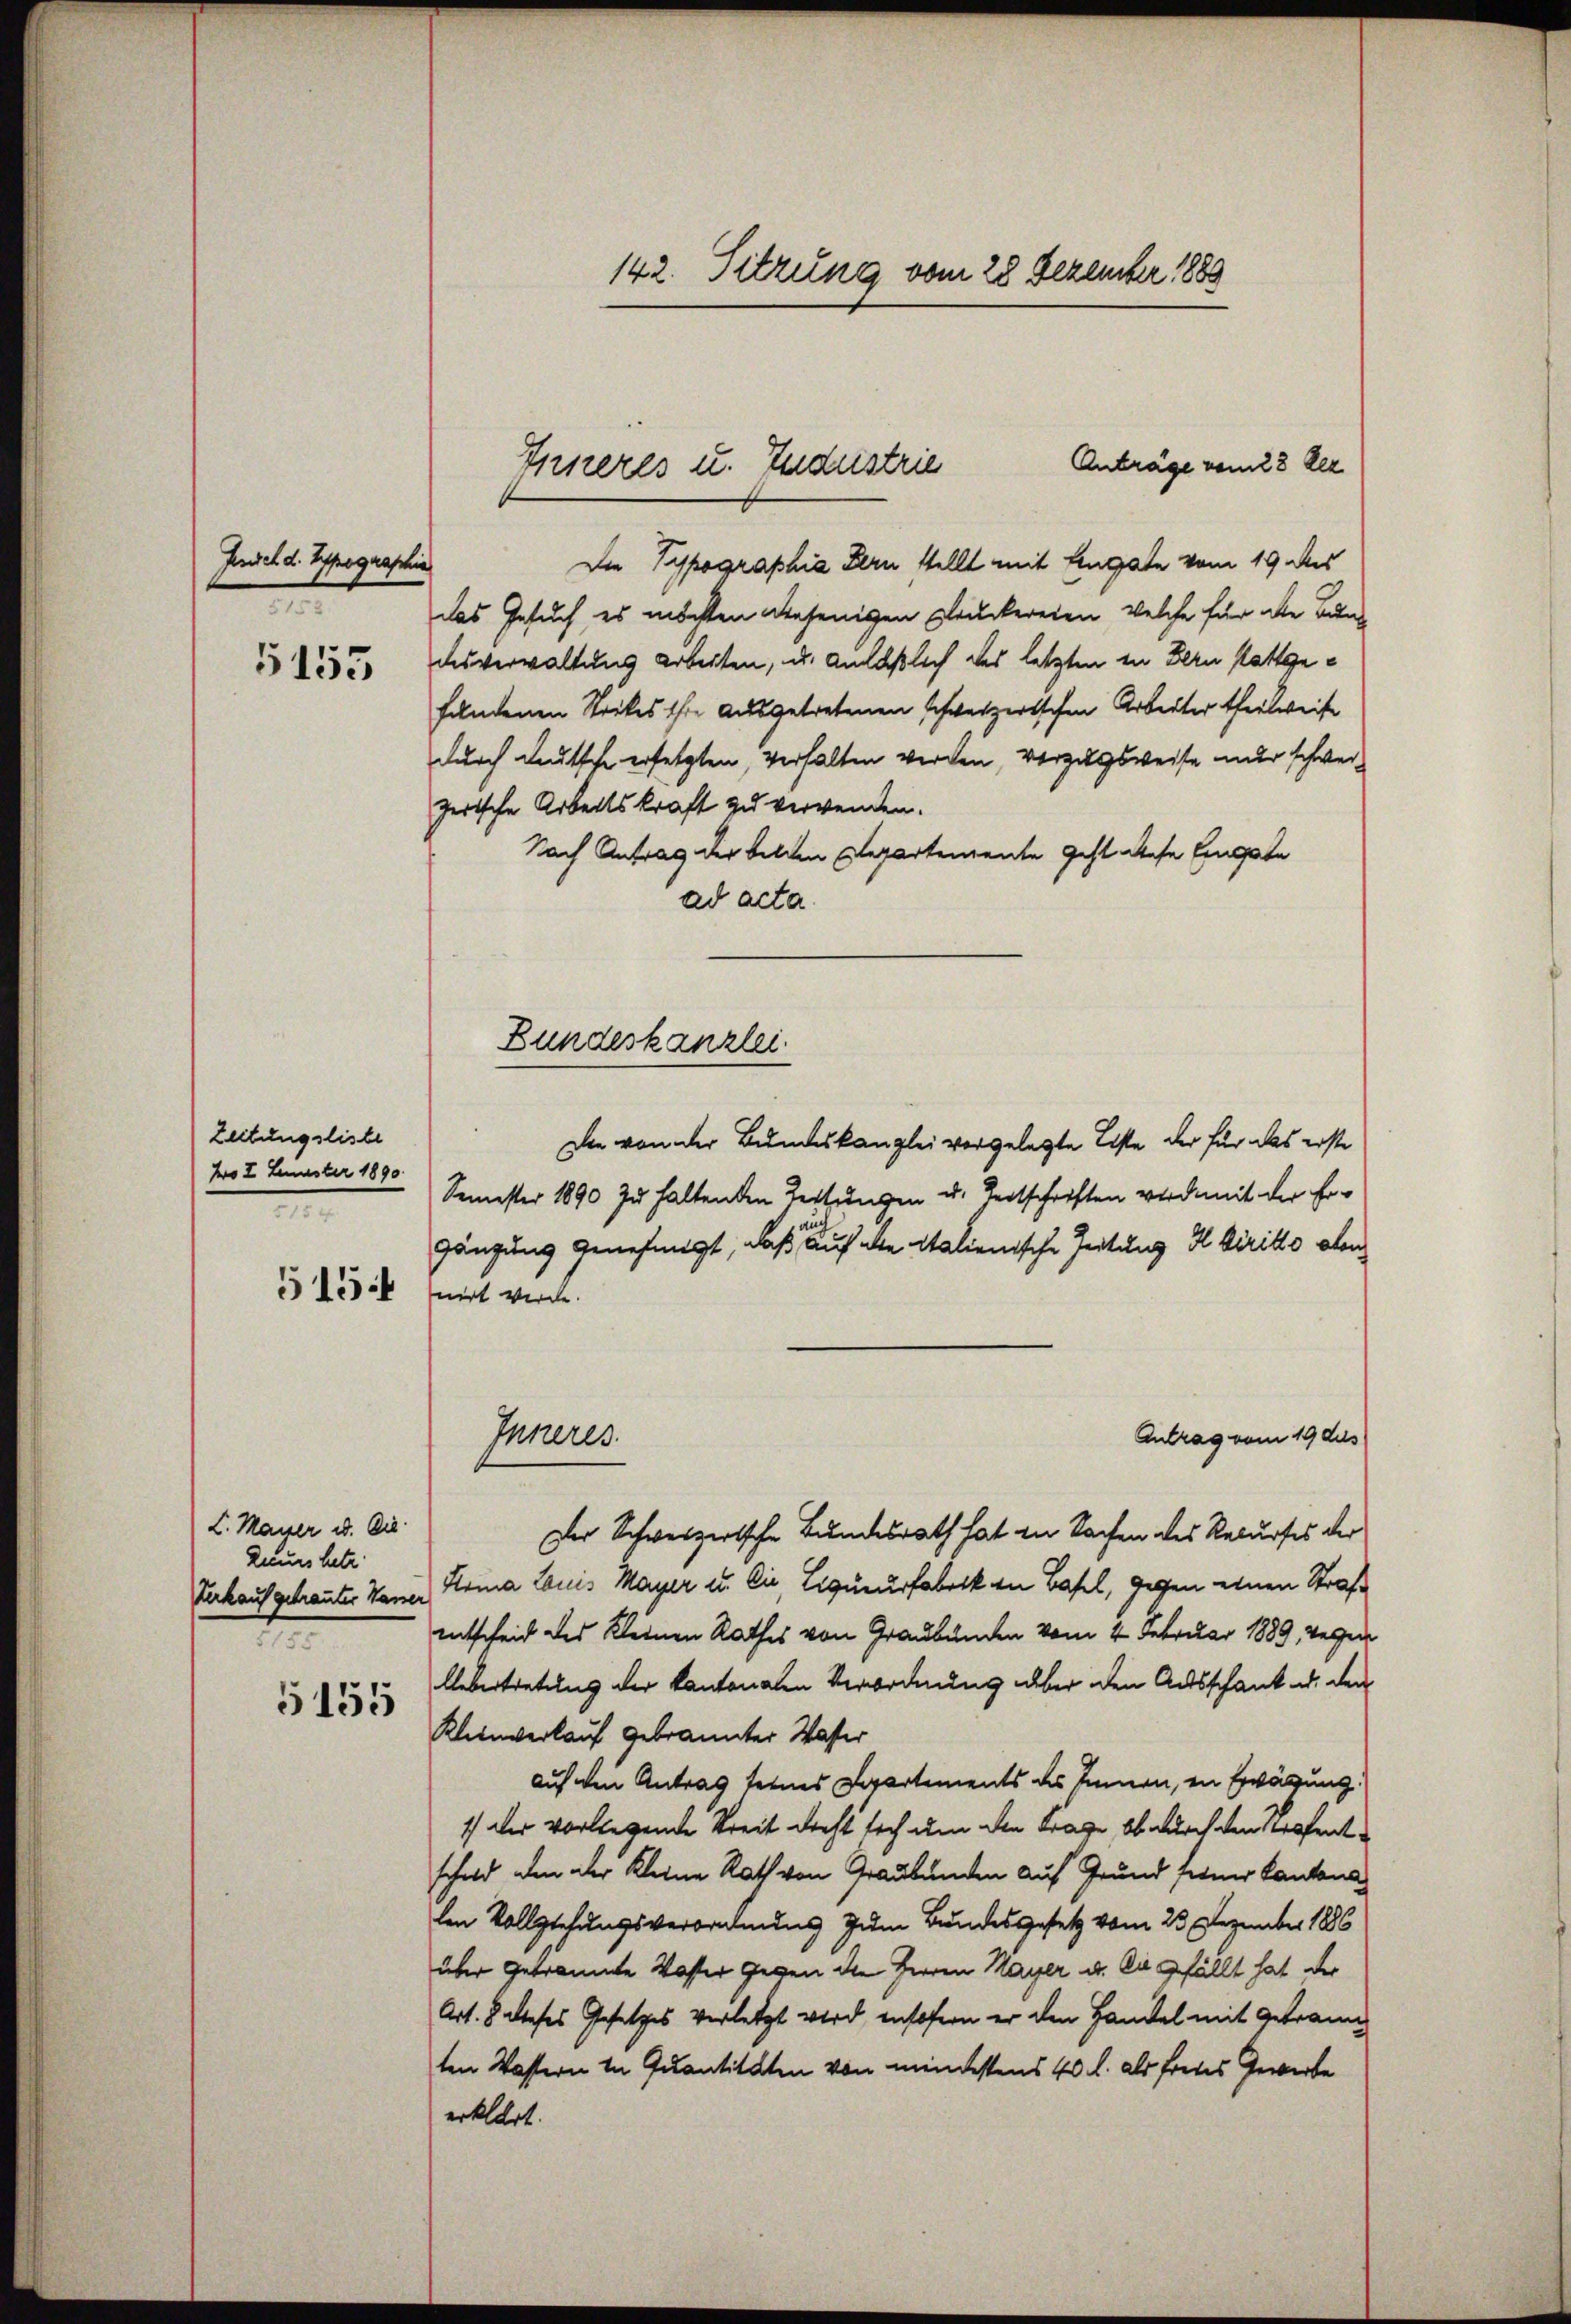
Fendel d. Typographia
e

5155

Zeitungsliste
fo 2. Fenster 1890.
2
515

L. Mayer u. Die
Zieurs hetz
Verkauf getrauter Wasser
t

5155

142. Sitzung vom 28 Dezember 1889

Anträge vom 23 Dez
Inneres u. Industrie
Die Typographia Fern stellt mit Eingate vom 19 des
das Gesuch, es möchten diejenigen Druckereien, welche für die Bun¬

desverwaltung arbeiten, u. anläßlich des letzten in Bern stattgefandenen Strikes ihre ausgetretenen schweizerischen Arbeiter theilweise
durch deutsche ersetzten, verhalten werden, vorzugsweise nur schwerzerische Arbeitskraft zu verwenden.
Nach Antrag der Felden separtemente geht diese Eingabe
ad acta.
Die von der Bundeskanzlei vorgelegte Liste, der für das erste
Semester 1890 zu haltenden Leitungen u. Zeitschriften wird mit der Ergänzung genehmigt, daß auf den italienische Zeitung I diritto oben
nirt werde.
Antrag vom 19 des
Inneres
Der Schweizertsche Bundesrath hat in Sachen des Recurses der
Krina Louis Mayer u. Die Liqueurfabrik in Basel, gegen einen Strafentscheid des Kleinen Rathes von Graubünden vom 4. Februar 1889 wegen
Uebertretung der kantonalen Verordnung über den Ausschank u. den
Kleinverkauf gebrannter Wasser
auf den Antrag seines Departements des Innen, in Erwägung
1) der vorliegende Streit dreht sich um den Frage, ob durch den Eröfentschuld den der Kleine Rath von Graubünden auf Grund ferner Cantona
len Vollziehungsverordnung zum Bundesgesetz vom 23. Dezember 1886
über geträumte Koster Gegen die Herren Mayer u. Du gefällt hat der
Art. 8 dieses Gesetzes verletzt wird, insofern er den Handel mit Getraun
ten Wastern in Quantitaten von mindestens 40 l. als freies Gewerbe
erklärt.

Bundeskanzlei.